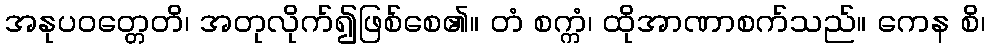
အနုပဝတ္တေတိ၊ အတုလိုက်၍ဖြစ်စေ၏။ တံ စက္ကံ၊ ထိုအာဏာစက်သည်။ ကေန စိ၊